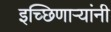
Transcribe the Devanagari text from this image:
इच्छिणाऱ्यांनी